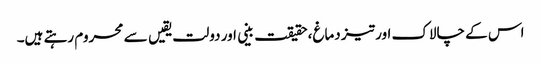
اس کے چالاک اور تیز دماغ،حقیقت بینی اور دولت یقیں سے محروم رہتے ہیں۔